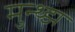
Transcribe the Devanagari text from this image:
मुन्थ्झ